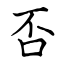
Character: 否